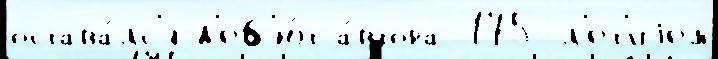
остава́лс'я д'еб'ю́т а́втора 175-л'ет'иjем